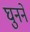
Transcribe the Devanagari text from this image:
घुनने